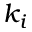
k _ { i }